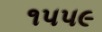
૧૫૫૯